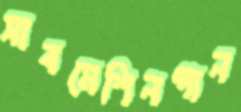
সাবমেশিনগান